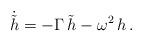
LaTeX: \begin{align*}\dot{\tilde h} = - \Gamma \, {\tilde h} - \omega^2 \, h \,.\end{align*}